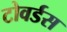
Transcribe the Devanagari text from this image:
टोवर्डस